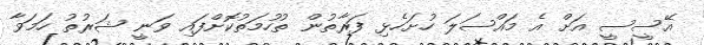
އޭސީސީ އަށް އެ މައްސަލަ ހުށަހެޅި ފަރާތުން ތުހުމަތުކޮށްފައި ވަނީ ޝަރުތު ހަމަވާ